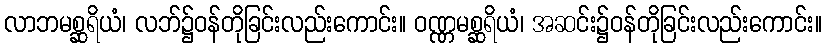
လာဘမစ္ဆရိယံ၊ လဘ်၌ဝန်တိုခြင်းလည်းကောင်း။ ဝဏ္ဏမစ္ဆရိယံ၊ အဆင်း၌ဝန်တိုခြင်းလည်းကောင်း။